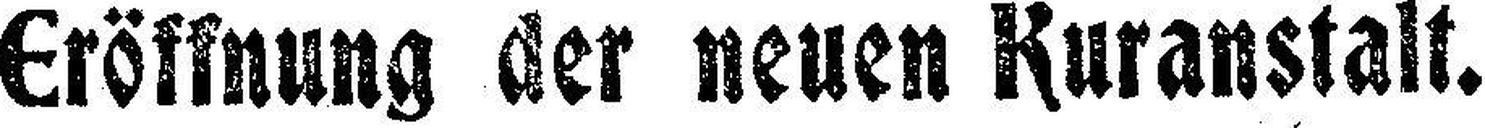
Eröffnung der neuen Kuranstalt.